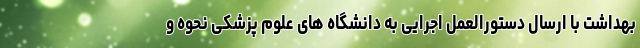
بهداشت با ارسال دستورالعمل اجرایی به دانشگاه های علوم پزشکی نحوه و